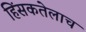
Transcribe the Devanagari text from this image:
हिंसकतेलाच